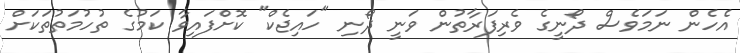
އެހެން ނަމަވެސް ދޯނީގެ ވެރިފަރާތުން ވަނީ ދޯނި "ހައިޖެކް" ކޮށްފައިވާ ކަމުގެ ތުހުމަތުތަކަށް